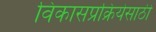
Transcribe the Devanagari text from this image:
विकासप्रक्रियेसाठी